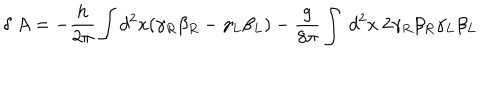
LaTeX: \delta ~ A = - { \frac { h } { 2 \pi } } \int d ^ { 2 } x ( \gamma _ { R } \beta _ { R } - \gamma _ { L } \beta _ { L } ) - { \frac { g } { 8 \pi } } \int ~ d ^ { 2 } x ~ 2 \gamma _ { R } \beta _ { R } \gamma _ { L } \beta _ { L }